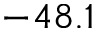
- 4 8 . 1